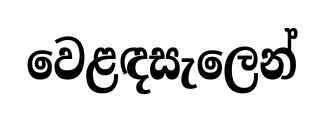
වෙළඳසැලෙන්